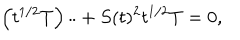
LaTeX: \left( t ^ { 1 / 2 } T \right) \ddot { } + S ( t ) ^ { 2 } t ^ { 1 / 2 } T = 0 ,